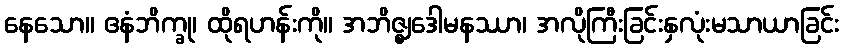
နေသော။ ဧနံဘိက္ခု၊ ထိုရဟန်းကို။ အဘိဇ္ဈဒေါမနဿာ၊ အလိုကြီးခြင်းနှလုံးမသာယာခြင်း